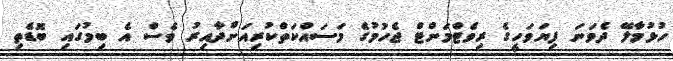
ހުޅުމާލޭ ދެވަނަ ފިޔަވަހީގެ ރިވެޓްމަންޓް ޖެހުމުގެ މަސައްކަތްކުރިއަށްދާއިރު ވެސް އެ ބިމުގައި ބޮޑެތި